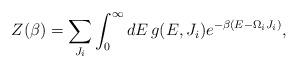
LaTeX: \begin{align*}Z(\beta)=\sum_{J_i}\int^{\infty}_0dE\,g(E,J_i)e^{-\beta(E-\Omega_iJ_i)},\end{align*}